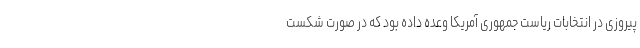
پیروزی در انتخابات ریاست جمهوری آمریکا وعده داده بود که در صورت شکست